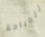
للجراحة